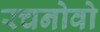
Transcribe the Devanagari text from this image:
रचनोवो